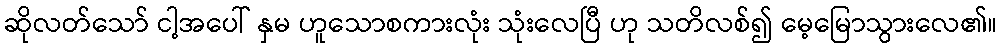
ဆိုလတ်သော် ငါ့အပေါ် နှမ ဟူသောစကားလုံး သုံးလေပြီ ဟု သတိလစ်၍ မေ့မြောသွားလေ၏။